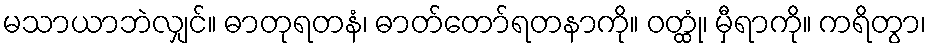
မသာယာဘဲလျှင်။ ဓာတုရတနံ၊ ဓာတ်တော်ရတနာကို။ ဝတ္ထုံ၊ မှီရာကို။ ကရိတွာ၊